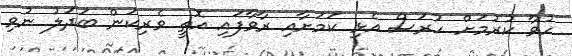
ހުވާ ކުރުމަށް ހުރަސް އެޅި ކަމަށާއި ރާވާފައި އޮތީ ވެރިކަން ބަދަލު ނުވި